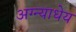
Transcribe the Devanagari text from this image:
अग्न्याधेय